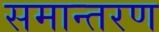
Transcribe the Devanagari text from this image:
समान्तरण